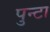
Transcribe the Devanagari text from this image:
पुन्टा